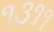
૧૩૧૧